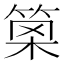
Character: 𥮣